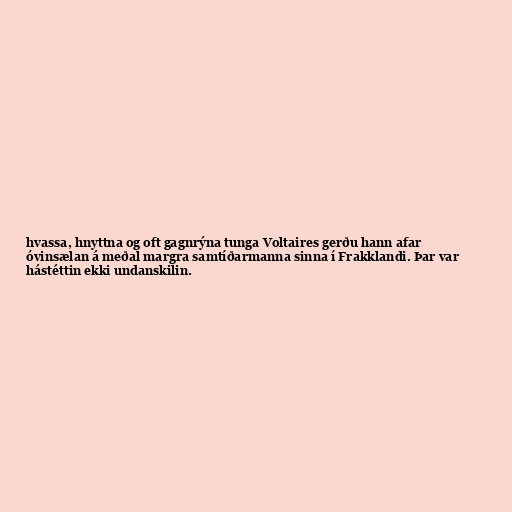
hvassa, hnyttna og oft gagnrýna tunga Voltaires gerðu hann afar
óvinsælan á meðal margra samtíðarmanna sinna í Frakklandi. Þar var
hástéttin ekki undanskilin.